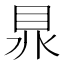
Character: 𥅀